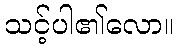
သင့်ပါ၏လော။